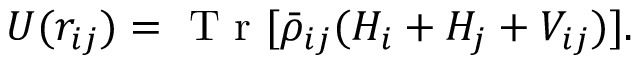
{ U } ( r _ { i j } ) = \mathrm { ~ T ~ r ~ } [ \bar { \rho } _ { i j } ( { H } _ { i } + { H } _ { j } + { V } _ { i j } ) ] .